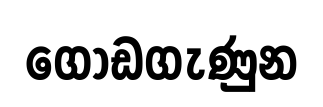
ගොඩගැණුන